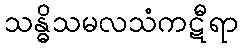
သန္ဓိသမလသံကဋီရာ